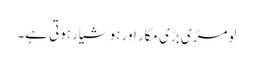
لومڑی بڑی مکار اور ہوشیار ہوتی ہے۔